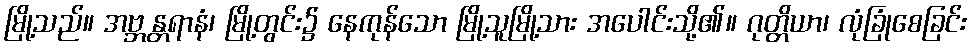
မြို့သည်။ အဗ္ဘန္တရာနံ၊ မြို့တွင်း၌ နေကုန်သော မြို့သူမြို့သား အပေါင်းသို့၏။ ဂုတ္တိယာ၊ လုံခြုံစေခြင်း